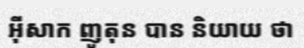
អ៊ីសាក ញូតុន បាន និយាយ ថា